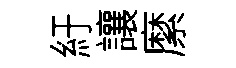
紆讓縻